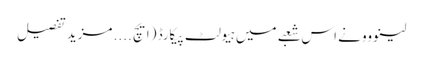
لینووو نے اس شعبے میں ہیولٹ پیکارڈ (ایچ .... مزید تفصیل